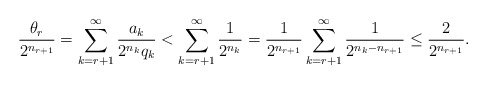
\begin{align*} \frac{\theta_r}{2^{n_{r+1}}} = \sum_{k=r+1}^{\infty} \frac{a_k}{2^{n_k} q_k} < \sum_{k=r+1}^{\infty} \frac{1}{2^{n_k}} = \frac{1}{2^{n_{r+1}}} \sum_{k=r+1}^{\infty} \frac{1}{2^{n_k - n_{r+1}}} \leq \frac{2}{2^{n_{r+1}}}.\end{align*}